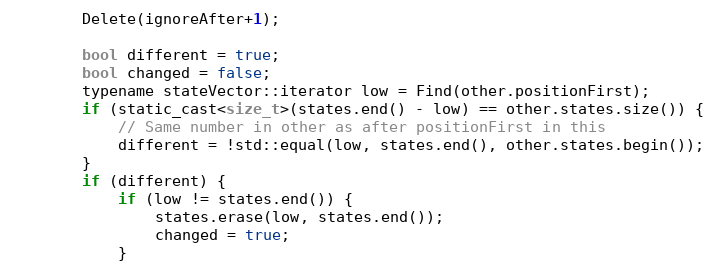
Language: C
		Delete(ignoreAfter+1);

		bool different = true;
		bool changed = false;
		typename stateVector::iterator low = Find(other.positionFirst);
		if (static_cast<size_t>(states.end() - low) == other.states.size()) {
			// Same number in other as after positionFirst in this
			different = !std::equal(low, states.end(), other.states.begin());
		}
		if (different) {
			if (low != states.end()) {
				states.erase(low, states.end());
				changed = true;
			}